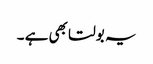
یہ بولتا بھی ہے ۔